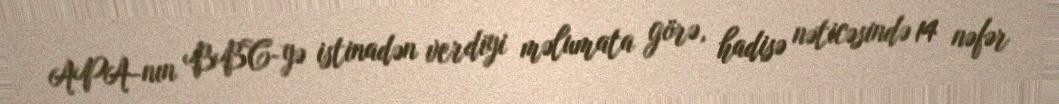
APA-nın BBC-yə istinadən verdiyi məlumata görə, hadisə nəticəsində 14 nəfər